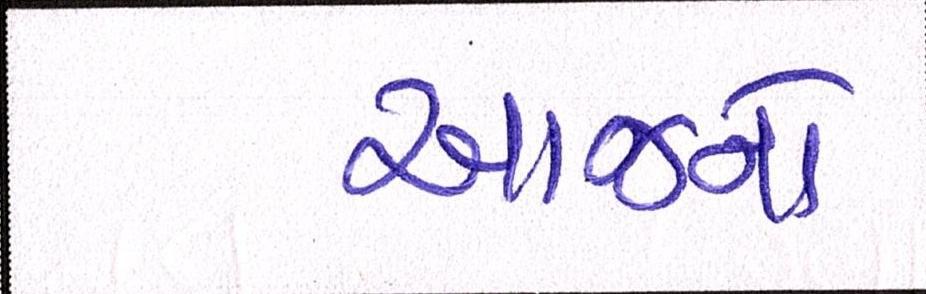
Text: આજનો